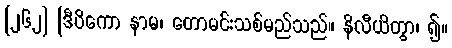
[၂၆၂] [ဒီပိကော နာမ၊ တောမင်းသစ်မည်သည်။ နိလီယိတွာ၊ ၍။